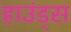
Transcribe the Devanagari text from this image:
हाउंड्स